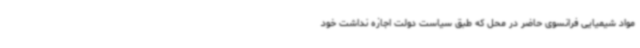
مواد شیمیایی فرانسوی حاضر در محل که طبق سیاست دولت اجازه نداشت خود